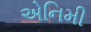
એનિમી